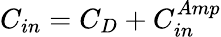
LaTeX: C_{in}=C_{D}+C_{in}^{Amp}